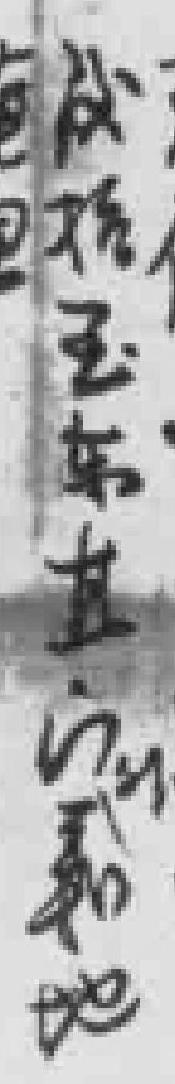
*玉东直门外義地